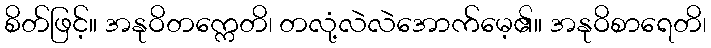
စိတ်ဖြင့်။ အနုဝိတက္ကေတိ၊ တလုံ့လဲလဲအောက်မေ့၏။ အနုဝိစာရေတိ၊